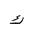
Letter: _kaf